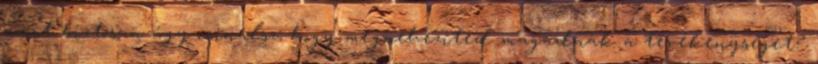
amit biztosan úgy csinálsz, hogy megnehezíted magadnak a tevékenységet?